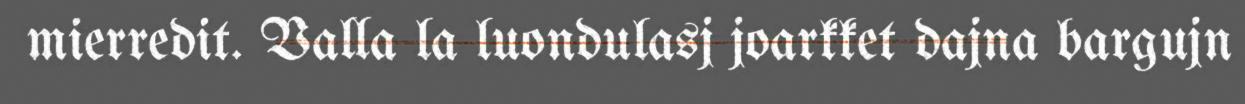
mierredit. Valla la luondulasj joarkket dajna bargujn